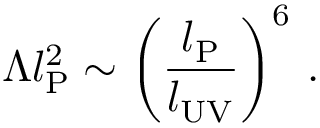
\Lambda l _ { \mathrm { P } } ^ { 2 } \sim \left( \frac { l _ { \mathrm { P } } } { l _ { \mathrm { U V } } } \right) ^ { 6 } \, .